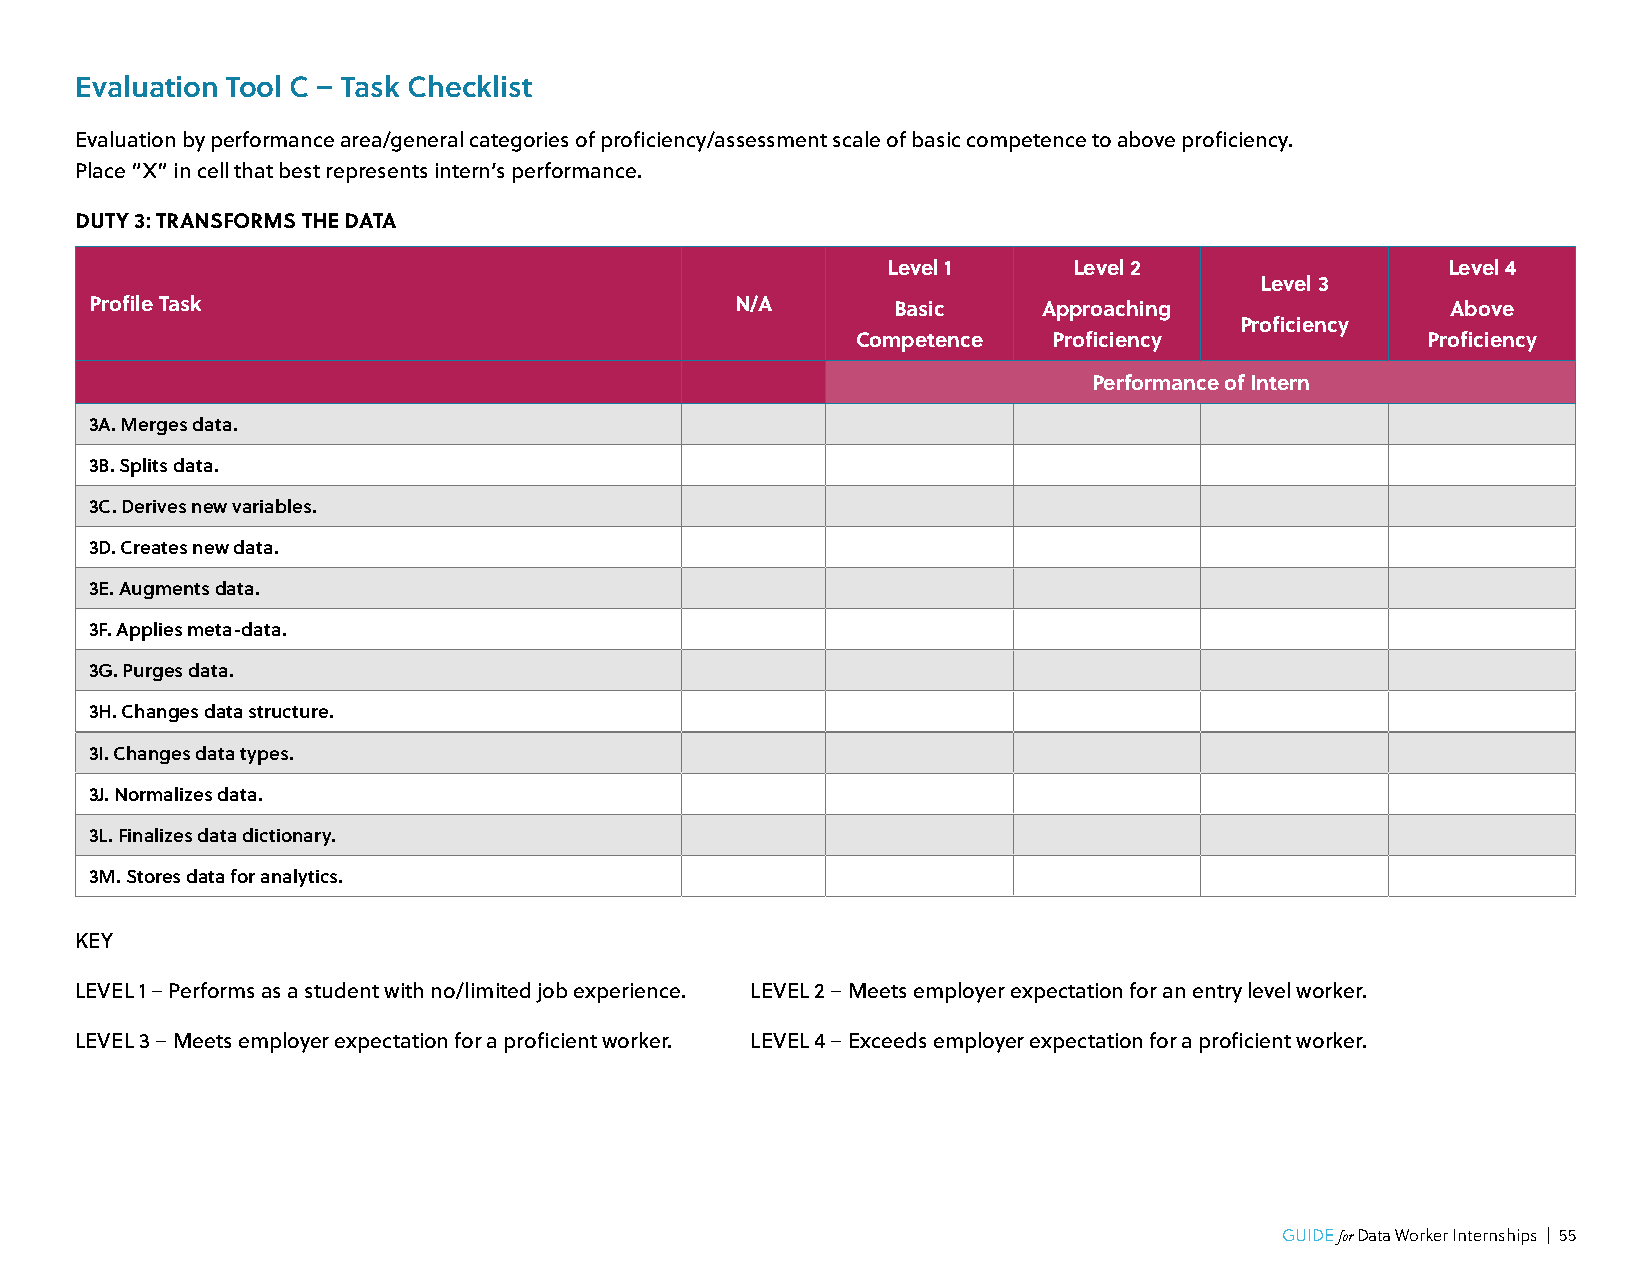
Evaluation Tool C – Task Checklist
 Evaluation by performance area/general categories of proficiency/assessment scale of basic competence to above proficiency.
 Place “X” in cell that best represents intern’s performance.
 DUTY 3: TRANSFORMS THE DATA
 Level 1     Level 2                  Level 4
 Level 3
 Profile Task                               N/A       Basic     Approaching                Above
 Proficiency
 Competence   Proficiency             Proficiency
 Performance of Intern
 3A. Merges data.
 3B. Splits data.
 3C. Derives new variables.
 3D. Creates new data.
 3E. Augments data.
 3F. Applies meta-data.
 3G. Purges data.
 3H. Changes data structure.
 3I. Changes data types.
 3J. Normalizes data.
 3L. Finalizes data dictionary.
 3M. Stores data for analytics.
 KEY
 LEVEL 1 – Performs as a student with no/limited job experience. LEVEL 2 – Meets employer expectation for an entry level worker.
 LEVEL 3 – Meets employer expectation for a proficient worker. LEVEL 4 – Exceeds employer expectation for a proficient worker.
 GUIDE for Data Worker Internships | 55